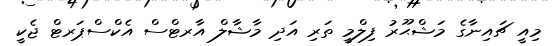
މިއީ ޗައިނާގެ މަޝްޙޫރު ފިލްމީ ތަރި އަދި މާޝާލް އާރޓްސް އެކްސްޕަރޓް ޖެކީ